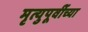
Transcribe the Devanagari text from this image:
मृत्युपूर्वीच्या